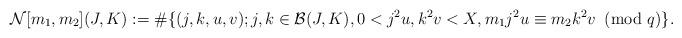
LaTeX: \begin{align*}\mathcal{N}[m_1,m_2](J,K):=\#\{(j,k,u,v); j,k\in \mathcal{B}(J,K), 0<j^2u,k^2v<X,m_1j^2u\equiv m_2k^2v\!\!\!\pmod{q}\}.\end{align*}